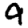
Digit: 9